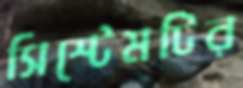
সিস্টেমটির